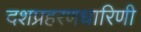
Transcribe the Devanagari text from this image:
दशप्रहरणधारिणी